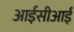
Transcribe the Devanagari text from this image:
आईसीआई